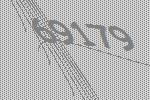
69179